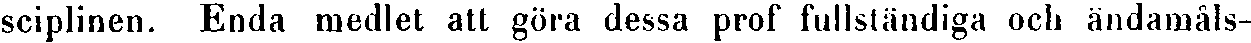
sciplinen. Enda medlet att göra dessa prof fullständiga och ändamåls-